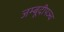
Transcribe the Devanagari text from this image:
जम्बूदीपञ्च